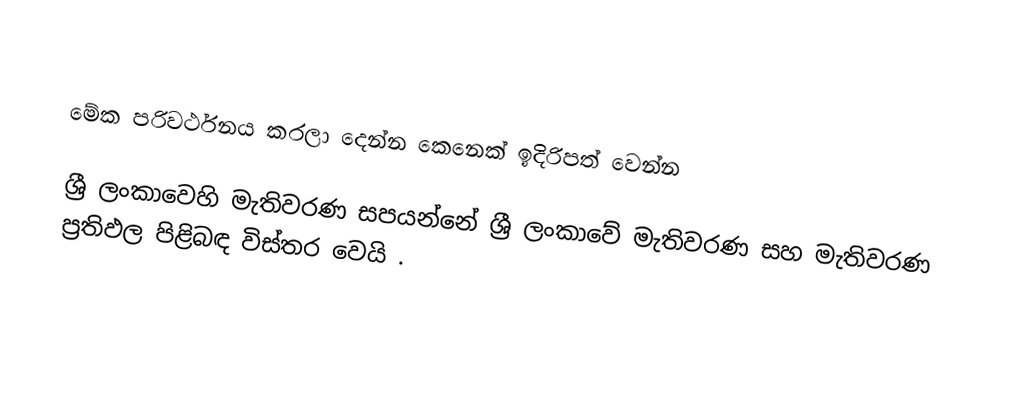

මේක පරිවර්ථනය කරලා දෙන්න කෙනෙක් ඉදිරිපත් වෙන්න

ශ්‍රී ලංකාවෙහි මැතිවරණ සපයන්නේ ශ්‍රී ලංකාවේ  මැතිවරණ සහ මැතිවරණ ප්‍රතිඵල පිළිබඳ විස්තර වෙයි .